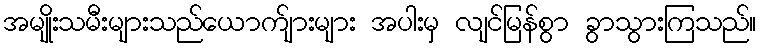
အမျိုးသမီးများသည်ယောက်ျားများ အပါးမှ လျင်မြန်စွာ ခွာသွားကြသည်။